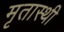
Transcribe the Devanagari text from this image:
मृतास्थी